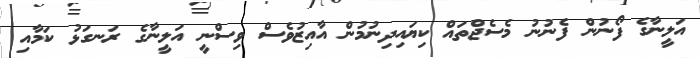
އަލީނާގެ ފޯނުން ފެނުނު މެސެޖްތައް ކިޔައިދިނުމުން އާއިޒުވެސް ވިސްނީ އަލީނާގެ ރަނގަޅު ކަމާއި